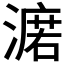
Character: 𣾆